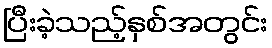
ပြီးခဲ့သည့်နှစ်အတွင်း